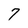
Character: 7